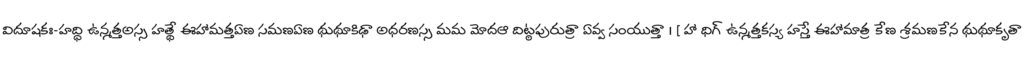
విదూషకః-హద్ధి ఉన్మత్తఅస్స హత్థే ఈహామత్తఏణ సమణఏణ థుథూకిఢా అధరణస్స మమ మోదఆ దిట్ఠపురుత్రా ఏవ్వ సంయుత్తా । [ హా ధిగ్ ఉన్మత్తకస్య హస్తే ఈహామాత్ర కేణ శ్రమణకేన థుథూకృతా